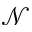
{ \mathcal N }